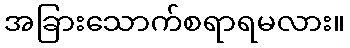
အခြားသောက်စရာရမလား။